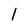
Character: 1